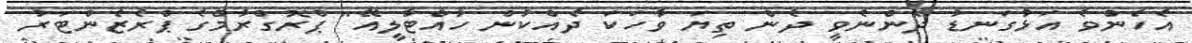
އެހެންވެ އަޅުގަނޑު ދެންނެވީ ދެން ތިޔަ ވާހަކަ ދެެއްކުން ހުއްޓާލީއޭ" ޕްރޮގްރާމްގެ ޕްރެޒެންޓަރު